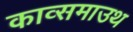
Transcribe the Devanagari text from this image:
काव्समाउथ